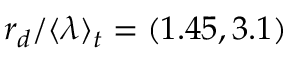
r _ { d } / \langle \lambda \rangle _ { t } = ( 1 . 4 5 , 3 . 1 )